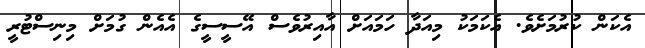
އެކަން ކުރުމަށެވެ. އެކަމަކު މިއަދާ ހަމައަށް އާއިރުވެސް އޭސީސީގެ އެއެން ގުމަށް މިނިސްޓުރީ